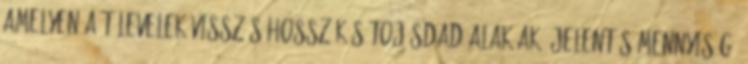
amelyen a tőlevelek visszás hosszúkás tojásdad alakúak. Jelentős mennyiségű